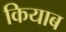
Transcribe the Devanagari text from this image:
कियाब